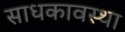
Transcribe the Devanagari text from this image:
साधकावस्था